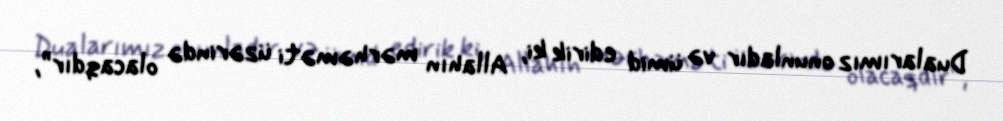
Dualarımız onunladır və ümid edirik ki, Allahın mərhəməti üzərində olacaqdır”,